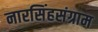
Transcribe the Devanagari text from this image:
नारसिंहसंग्राम